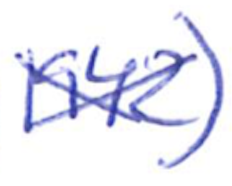
Text: 1942)
Cross-out: cross
Writing tool: ballpoint